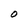
Character: O